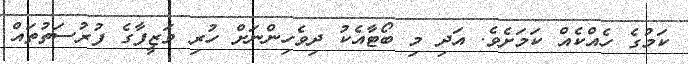
ކަމުގެ ހެއްކެއް ކަމަށެވެ. އަދި މި ބޯޓާއެކު ދިވެހިންނަށް ހުރި ވަޒީފާގެ ފުރުސަތުތައް